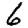
Digit: 6